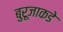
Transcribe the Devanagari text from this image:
बुरूजाकडे